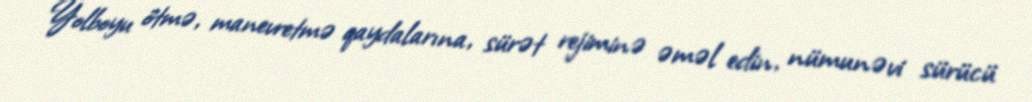
Yolboyu ötmə, manevretmə qaydalarına, sürət rejiminə əməl edin, nümunəvi sürücü